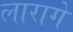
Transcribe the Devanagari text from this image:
लारागे